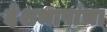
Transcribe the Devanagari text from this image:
देशभाषांचा